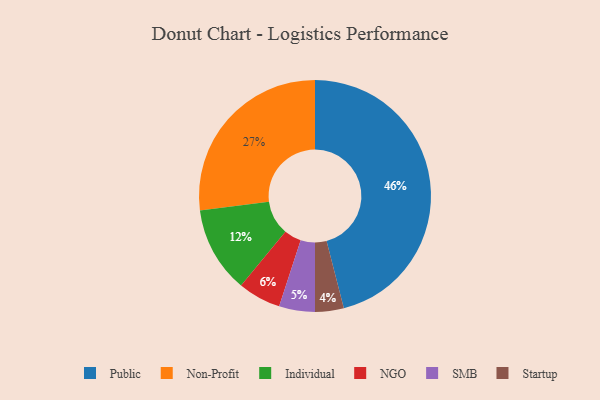
{"axis": {"x": "Category", "y": "Percentage"}, "legend": ["Individual", "NGO", "Non-Profit", "Public", "SMB", "Startup"], "data": [{"x": "SMB", "y": 5, "type": "SMB"}, {"x": "Startup", "y": 4, "type": "Startup"}, {"x": "Individual", "y": 12, "type": "Individual"}, {"x": "NGO", "y": 6, "type": "NGO"}, {"x": "Non-Profit", "y": 27, "type": "Non-Profit"}, {"x": "Public", "y": 46, "type": "Public"}]}